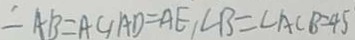
= A B = A C , A D = A E , \angle B = \angle A C B = 4 5